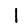
Digit: 1